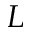
L